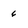
Character: 6